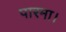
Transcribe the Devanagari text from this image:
पारमा।